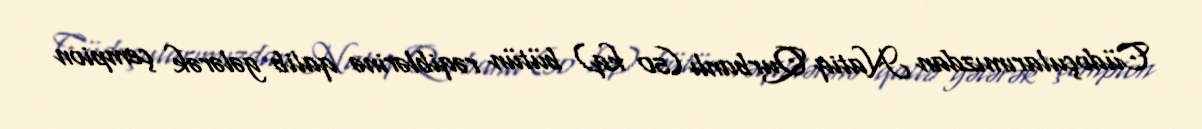
Cüdoçularımızdan Natiq Qurbanlı (50 kq) bütün rəqiblərinə qalib gələrək çempion